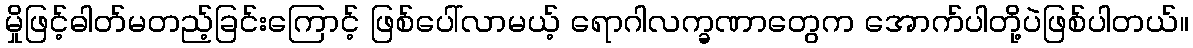
မှိုဖြင့်ဓါတ်မတည့်ခြင်းကြောင့် ဖြစ်ပေါ်လာမယ့် ရောဂါလက္ခဏာတွေက အောက်ပါတို့ပဲဖြစ်ပါတယ်။